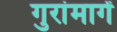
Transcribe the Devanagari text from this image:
गुरांमागें